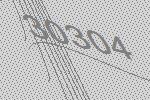
30304